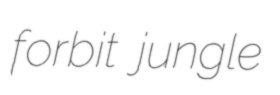
forbit jungle